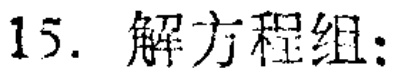
15. 解方程组: